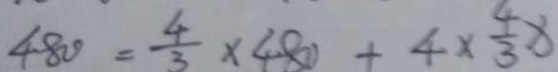
4 8 0 = \frac { 4 } { 3 } \times 4 8 0 + 4 \times \frac { 4 } { 3 } x